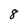
Character: 8